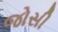
જોસી